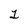
Character: 1